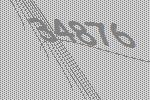
34876